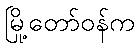
မြို့တော်ဝန်က